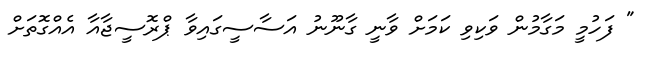
" ފަހުމީ މަގާމުން ވަކިވި ކަމަށް ވާނީ ގާނޫނު އަސާސީގައިވާ ޕްރޮސީޖާއާ އެެއްގޮތަށް